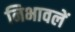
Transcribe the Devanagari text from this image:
निभावलें